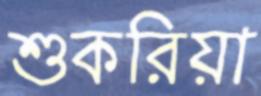
শুকরিয়া